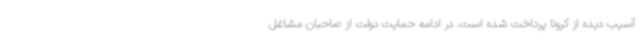
آسیب دیده از کرونا پرداخت شده است. در ادامه حمایت دولت از صاحبان مشاغل